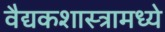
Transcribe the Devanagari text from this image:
वैद्यकशास्त्रामध्ये